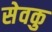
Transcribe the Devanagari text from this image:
सेवकु